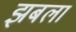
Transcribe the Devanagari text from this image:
झबला